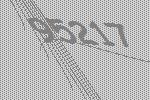
95217